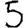
Digit: 5